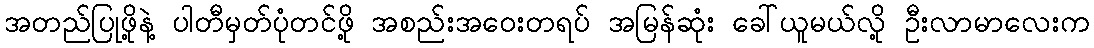
အတည်ပြုဖို့နဲ့ ပါတီမှတ်ပုံတင်ဖို့ အစည်းအဝေးတရပ် အမြန်ဆုံး ခေါ်ယူမယ်လို့ ဦးလာမာလေးက